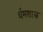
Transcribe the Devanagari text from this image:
र्धमशास्त्र